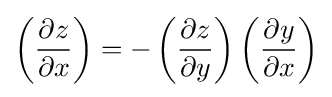
\left({\frac {\partial z}{\partial x}}\right)=-\left({\frac {\partial z}{\partial y}}\right)\left({\frac {\partial y}{\partial x}}\right)